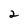
Character: 2